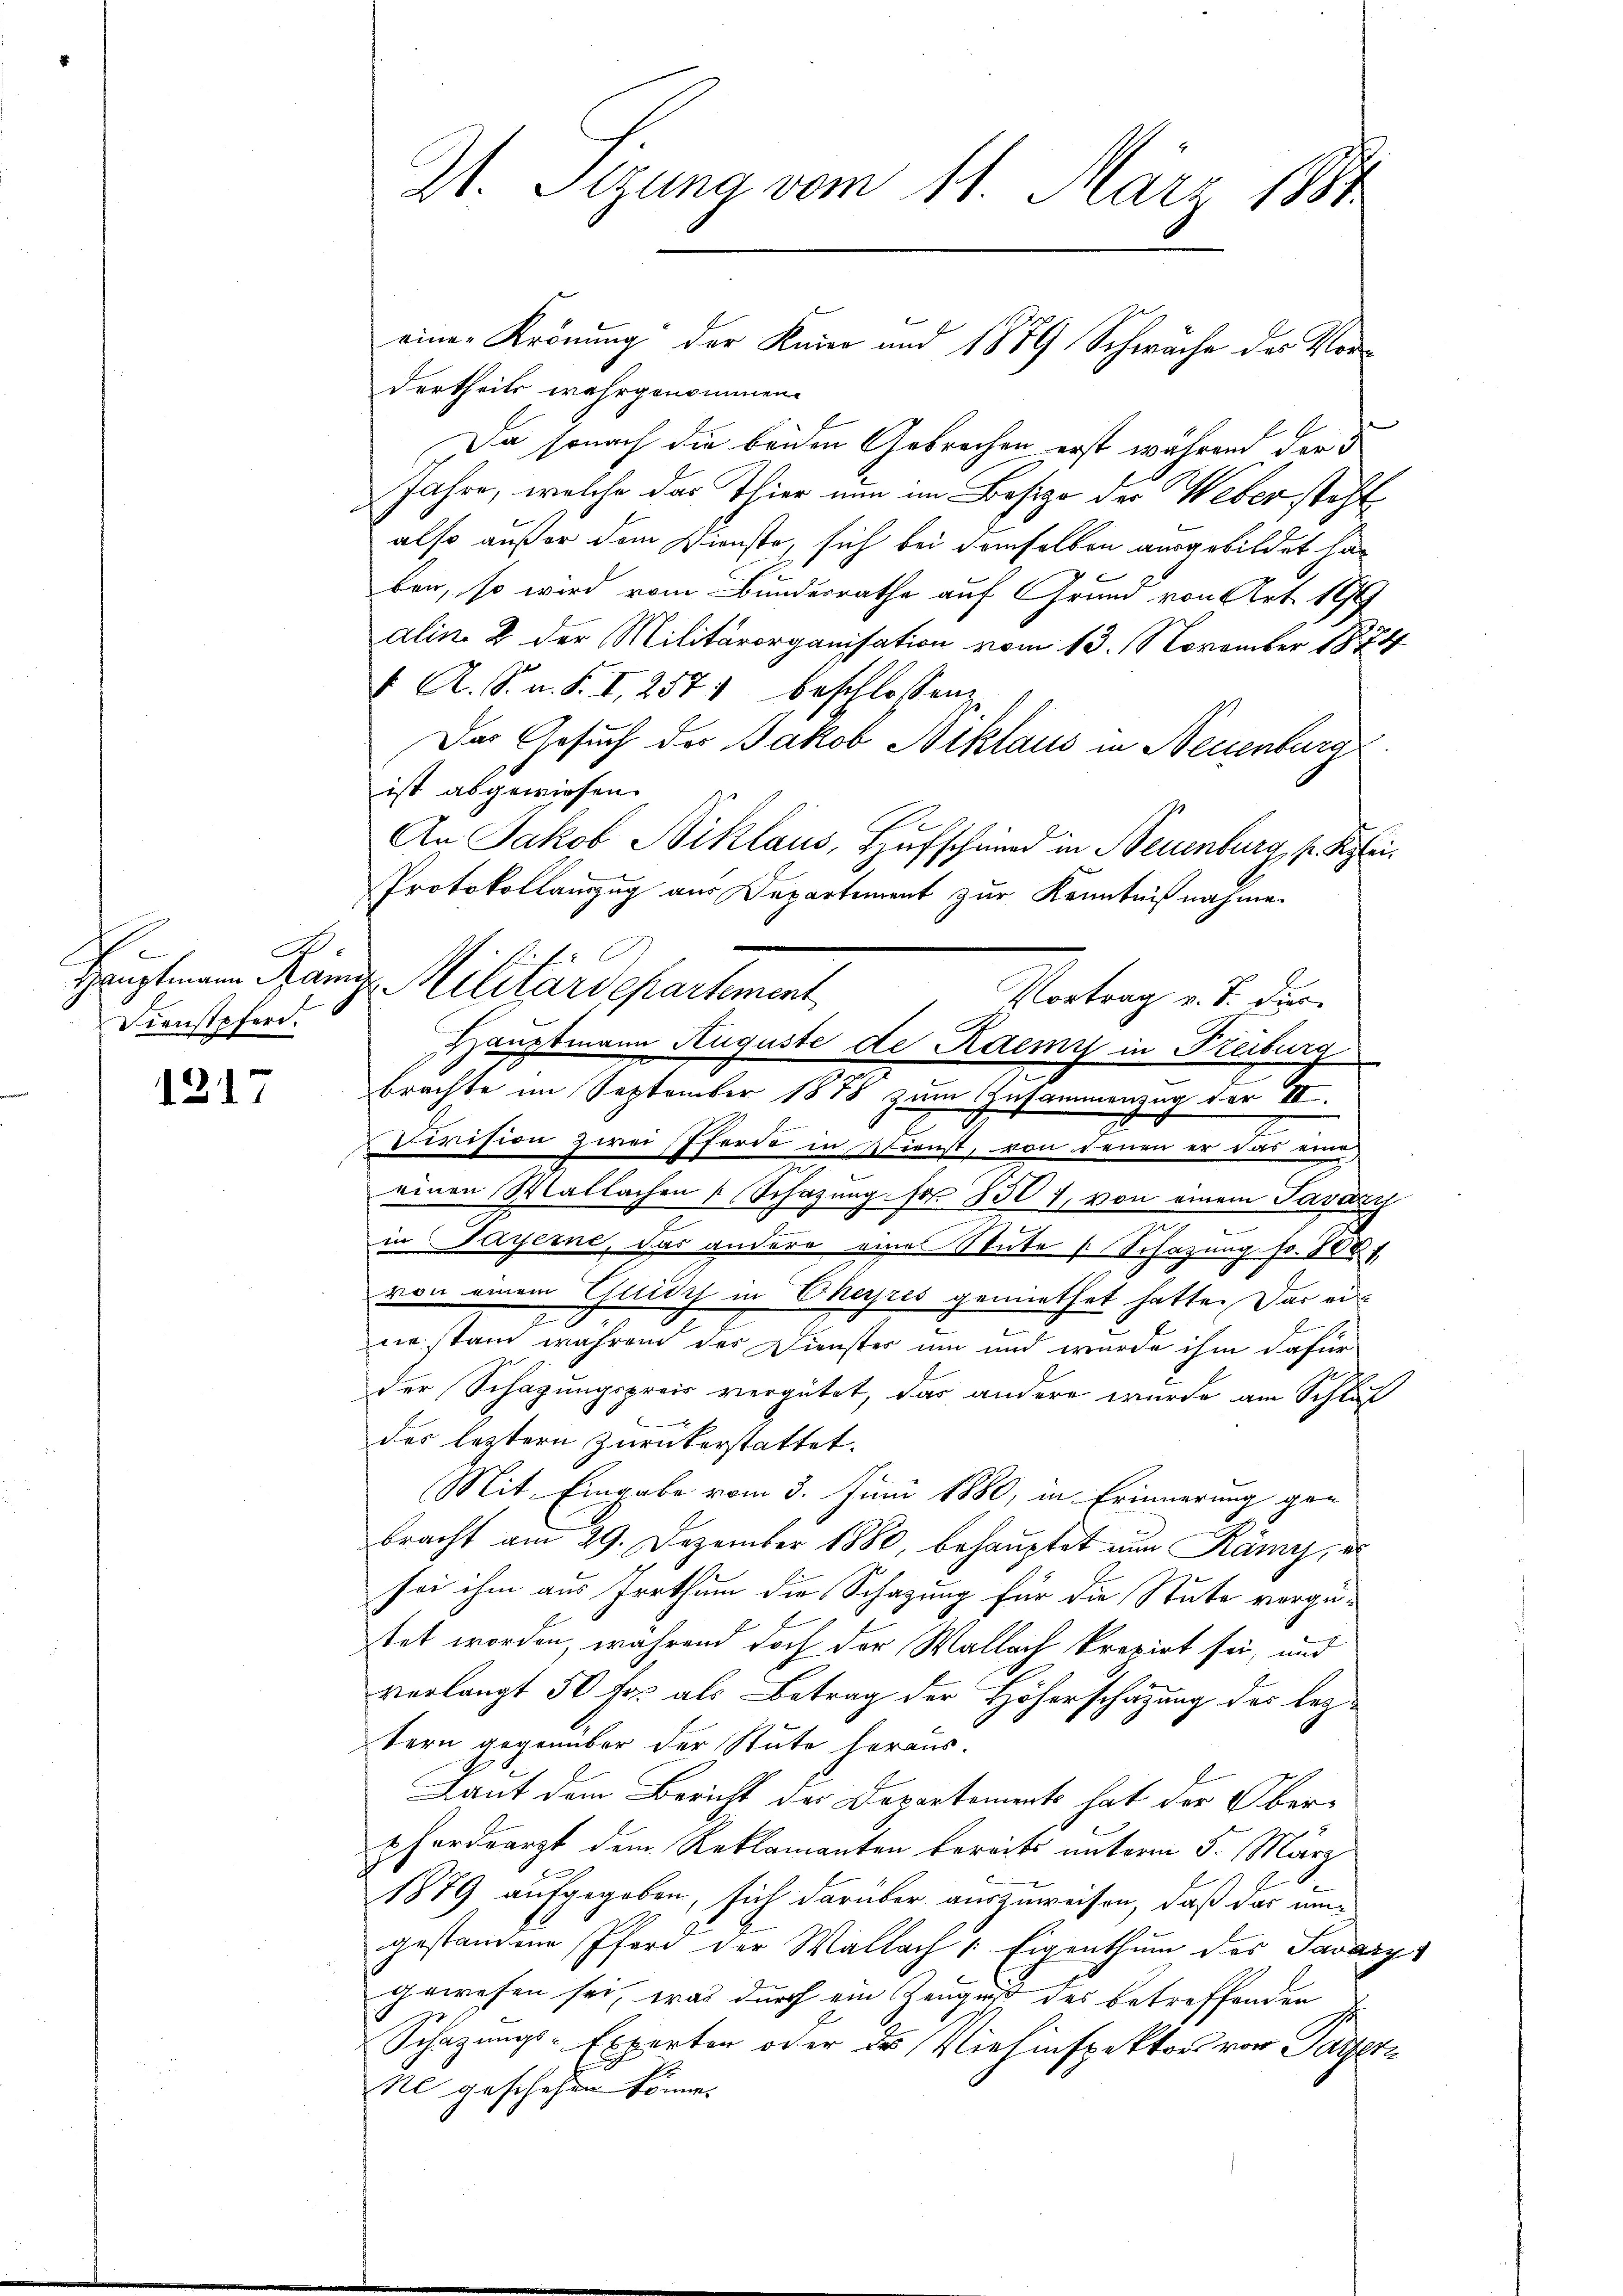
A.
E
l
Dienstpferd.

1217

W. Sizung vom 11. März 1881

dertheils wahrgenommen.
Da sonach die beiden Gebrochen erst während der
Jahre, welche das Thier nun im Besize der Webersteht
also außer dem Dienste, sich bei demselben ausgebildet han
ben, so wird vom Bundesrathe auf Grund von Art. 1874
alin. 2 der Militärorganisation vom 13. November 1874
4 A. S. n. F. I, 2571 beschlossene
Der Gesuch der Jakob Niklaus in Neuenburg
ist abgewiesen.
An Jakob Niklaus, Hufschmid in Neuenburg, s. Klei¬
Protokollauszug aus Departement zur Kenntnißnahme.
Vortrag v. J. dies
brachte im September 1878 zum Gesammenzug der IV
Division zwei Pferde in Dienst, von denen er das eine
einen Mallachen Schazung so 8307, von einem Paváry
in Payerne, das andere eines Stute Schazung Fr. 800
von einem Guidch in Ekerpres gemiethet hatte. Das er¬
2
wie stand während des Dienster um und wurde ihm dafür
der Schazungsprois vergütet, das andere wurde am Schluß
x
des leztern zurückerstattet.
Mit Eingabe vom 3. Juni 1880, in Erinnerung gen
bracht am 29. Dezember 1880, behauptet nun Rämi, es
sei ihm aus Irrthum die Schazung für die Stute vorgetet worden, während doch der Wallach krepirt sei, und
verlangt 50 fr. als Betrag der Höherschätzung der leztern gegenüber der Stute heraus.
Laut dem Bericht des Departements hat der Obersfordearzt dem Reklamanten bereits unterm 5. März
1879 aufgegeben, sich darüber auszuweisen, daß das ungestandene Pferd der Wallach Eigenthum des Savary-
gewesen sei, was durch ein Zeugniß des betreffenden
Schazungs-Experten oder das Vielinspektors von Parzern
Ne geschehen könne.

Hauptmann Mann Militärdepartement

einer Krönung der Knier und 1879 Schwäche der Vor¬

Hauptmann Auguste de dem in Freiburg